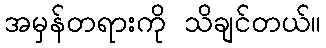
အမှန်တရားကို သိချင်တယ်။